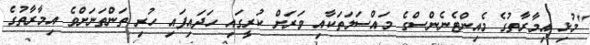
"މުޅި އިމާރާތުގެ މެއިންޓެނެންސްގެ މައްސަލަތަކާއި ވަރަށް ކުރީގައި ހަދައިފައި ހުރި ތަންތަނަށްވެ އިމާރާތުގެ